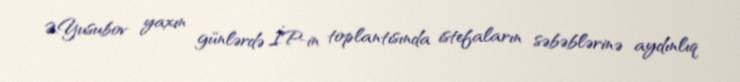
Ə.Yusubov yaxın günlərdə İP-in toplantısında istefaların səbəblərinə aydınlıq